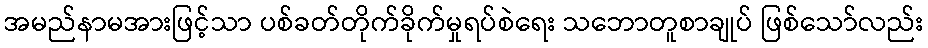
အမည်နာမအားဖြင့်သာ ပစ်ခတ်တိုက်ခိုက်မှုရပ်စဲရေး သဘောတူစာချုပ် ဖြစ်သော်လည်း